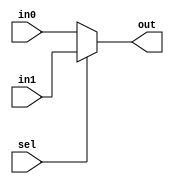
`define	NumBits	16


module Mux2to1 (in0, in1, sel,
                   out);
    input wire [`NumBits-1:0] in0;
    input wire [`NumBits-1:0] in1;
    input wire sel;
    output wire [`NumBits-1:0] out;

    assign out = sel ? in1 : in0;

endmodule


module Mux3to1 (in0, in1, in2, sel,
                   out);
    input wire [`NumBits-1:0] in0;
    input wire [`NumBits-1:0] in1;
    input wire [`NumBits-1:0] in2;
    input wire [1:0] sel;
    output wire [`NumBits-1:0] out;

    assign out = sel[1] ? in2 : (sel[0] ? in1 : in0);

endmodule


module Mux4to1 (in0, in1, in2, in3, sel,
                   out);
    input wire [`NumBits-1:0] in0; // 00
    input wire [`NumBits-1:0] in1; // 01
    input wire [`NumBits-1:0] in2; // 10
    input wire [`NumBits-1:0] in3; // 11
    input wire [1:0] sel;
    output wire [`NumBits-1:0] out;

    assign out = sel[1] ? (sel[0] ? in3 : in2) : (sel[0] ? in1 : in0);

endmodule